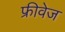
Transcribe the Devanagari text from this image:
फ्रीवेज